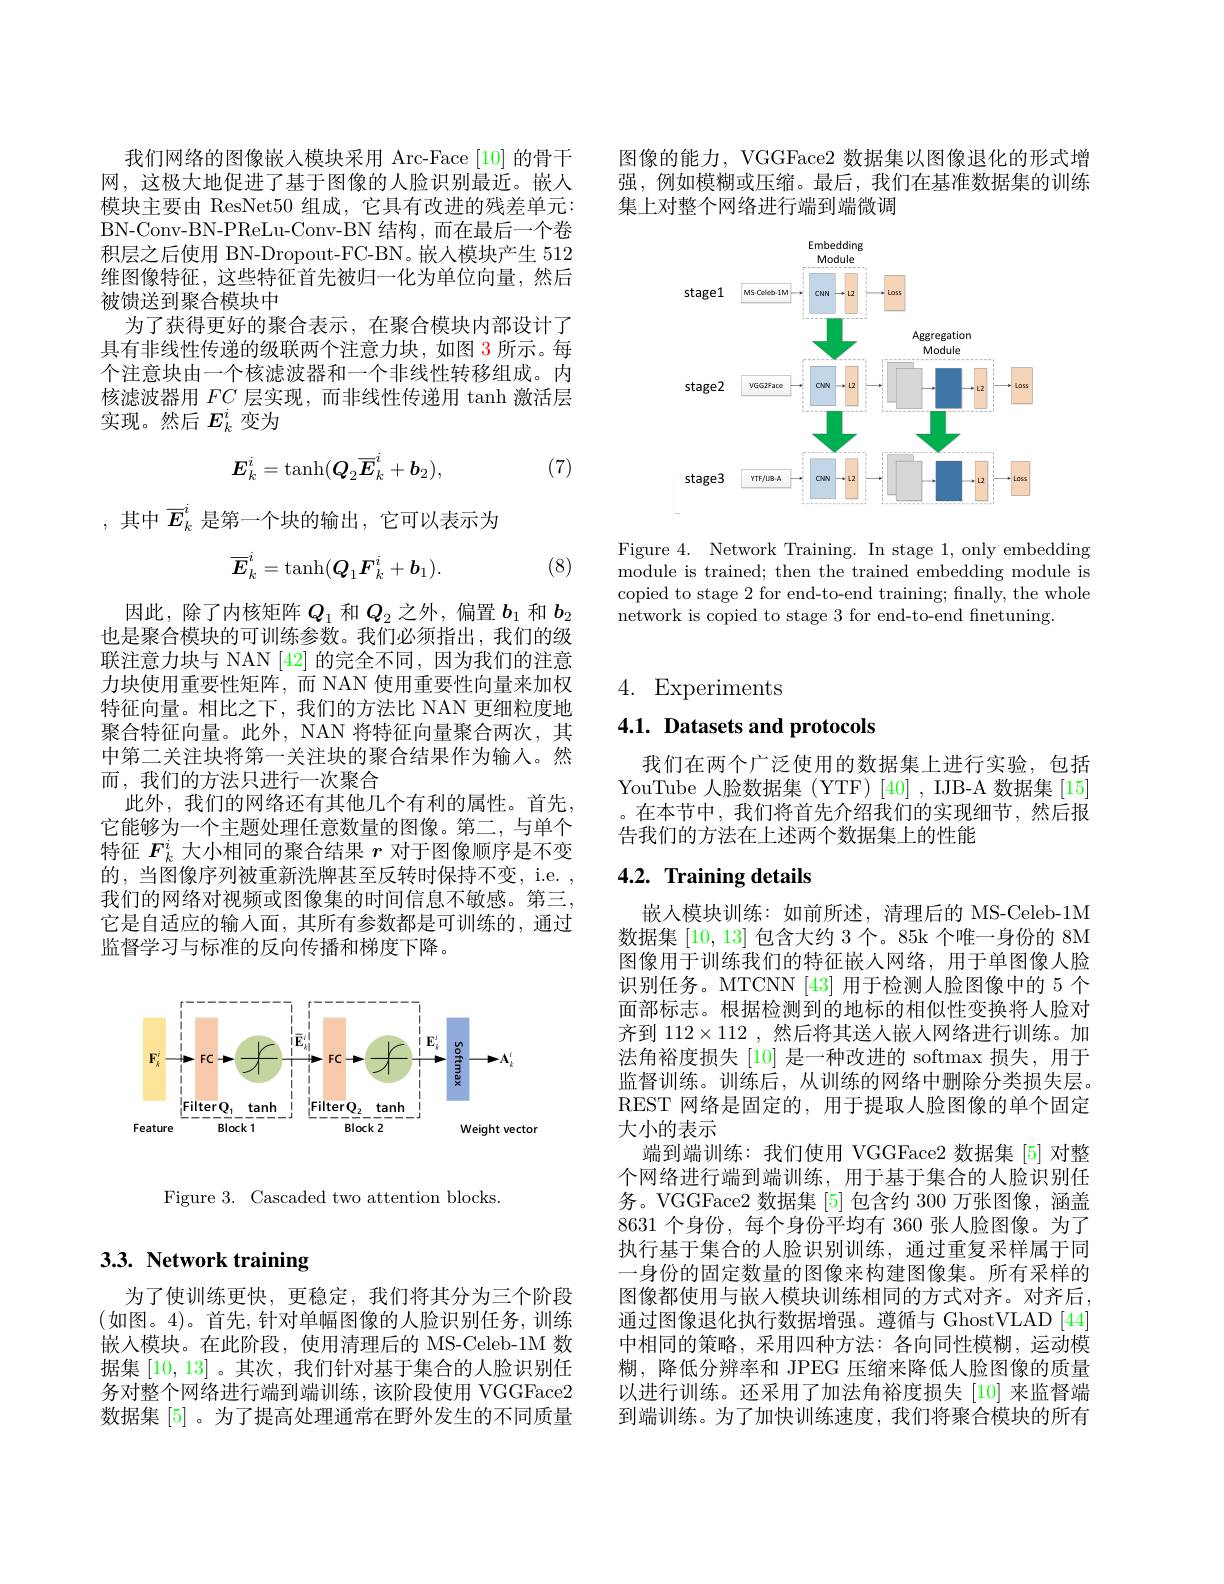
图像的能力，VGGFace2 数据集以图像退化的形式增强，例如模糊或压缩。最后，我们在基准数据集的训练集上对整个网络进行端到端微调

<FigureHere>

Figure 4. Network Training. In stage 1, only embedding module is trained; then the trained embedding module is copied to stage 2 for end-to-end training; finally, the whole network is copied to stage 3 for end-to-end finetuning.

# 3.3. Network training

为了使训练更快，更稳定，我们将其分为三个阶段$$($如图。4)。首先，针对单幅图像的人脸识别任务，训练$ 嵌入模块。在此阶段，使用清理后的 MS-Celeb-1M 数据集[10,13] 。其次，我们针对基于集合的人脸识别任务对整个网络进行端到端训练，该阶段使用 VGGFace2数据集 [5] 。为了提高处理通常在野外发生的不同质量

我们网络的图像嵌入模块采用 Arc-Face[10] 的骨干网，这极大地促进了基于图像的人脸识别最近。嵌入模块主要由 ResNet50 组成，它具有改进的残差单元： BN-Conv-BN-PReLu-Conv-BN 结构，而在最后一个卷积层之后使用 BN-Dropout-FC-BN。嵌人模块产生 512维图像特征，这些特征首先被归一化为单位向量，然后被馈送到聚合模块中
为了获得更好的聚合表示，在聚合模块内部设计了具有非线性传递的级联两个注意力块，如图 3 所示。每个注意块由一个核滤波器和一个非线性转移组成。内核滤波器用$FC$层实现，而非线性传递用 tanh 激活层实现。然后$E_k^i$变为
$$E_k^i=\tanh(Q_2\overline{E}_k^i+b_2),$$
(7)

,其中$\overline{E}_k^i$ 是第一个块的输出，它可以表示为

(8)
$$\overline{E}_k^i=\tanh(Q_1F_k^i+b_1).$$
因此，除了内核矩阵$Q_1$和$Q_2$之外，偏置$b_1$和$b_2$ 也是聚合模块的可训练参数。我们必须指出，我们的级联注意力块与 NAN [42] 的完全不同，因为我们的注意力块使用重要性矩阵，而 NAN 使用重要性向量来加权特征向量。相比之下，我们的方法比 NAN 更细粒度地聚合特征向量。此外，NAN 将特征向量聚合两次，其中第二关注块将第一关注块的聚合结果作为输入。然而，我们的方法只进行一次聚合
此外，我们的网络还有其他几个有利的属性。首先， 它能够为一个主题处理任意数量的图像。第二，与单个特征$F_k^i$大小相同的聚合结果$r$对于图像顺序是不变的，当图像序列被重新洗牌甚至反转时保持不变，i.e. , 我们的网络对视频或图像集的时间信息不敏感。第三， 它是自适应的输人面，其所有参数都是可训练的，通过监督学习与标准的反向传播和梯度下降。

<FigureHere>

Figure 3. Cascaded two attention blocks.

4. Experiments

4.1. Datasets and protocols

我们在两个广泛使用的数据集上进行实验，包括YouTube 人脸数据集 (YTF)[40] , IJB-A 数据集[15] 。在本节中，我们将首先介绍我们的实现细节，然后报告我们的方法在上述两个数据集上的性能

# 4.2. Training details

嵌入模块训练：如前所述，清理后的 MS-Celeb-1M 数据集[10,13]包含大约 3 个。85k 个唯一身份的 8M 图像用于训练我们的特征嵌人网络，用于单图像人脸识别任务。MTCNN [43] 用于检测人脸图像中的 5 个面部标志。根据检测到的地标的相似性变换将人脸对齐到$112\times112$ ,然后将其送人嵌人网络进行训练。加法角裕度损失[10] 是一种改进的 softmax 损失，用于监督训练。训练后，从训练的网络中删除分类损失层。REST 网络是固定的，用于提取人脸图像的单个固定大小的表示
端到端训练：我们使用 VGGFace2 数据集[5]对整个网络进行端到端训练，用于基于集合的人脸识别任务。VGGFace2 数据集 [5]包含约 300 万张图像，涵盖8631个身份，每个身份平均有 360 张人脸图像。为了执行基于集合的人脸识别训练，通过重复采样属于同一身份的固定数量的图像来构建图像集。所有采样的图像都使用与嵌人模块训练相同的方式对齐。对齐后， 通过图像退化执行数据增强。遵循与 GhostVLAD[44] 中相同的策略，采用四种方法：各向同性模糊，运动模糊，降低分辨率和 JPEG 压缩来降低人脸图像的质量以进行训练。还采用了加法角裕度损失[10]来监督端到端训练。为了加快训练速度，我们将聚合模块的所有